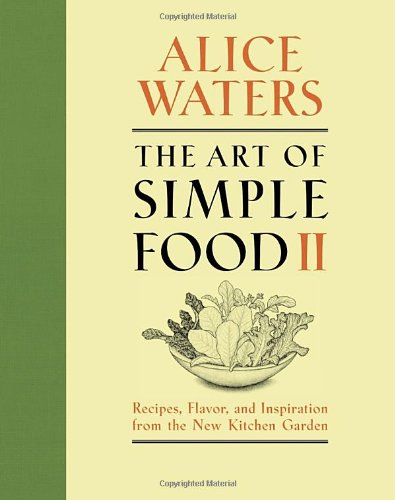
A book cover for The Art of Simple Food II: Recipes, Flavor, and Inspiration from the New Kitchen Garden; Alice Waters; Cookbooks, Food & Wine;